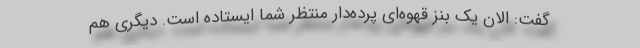
گفت: الان یک بنز قهوه‌ای پرده‌دار منتظر شما ایستاده است. دیگری هم